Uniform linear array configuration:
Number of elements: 16
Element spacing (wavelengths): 0.75
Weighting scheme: hann
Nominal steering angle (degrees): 45
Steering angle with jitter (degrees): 46.328
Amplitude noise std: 0.05
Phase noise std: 0.05

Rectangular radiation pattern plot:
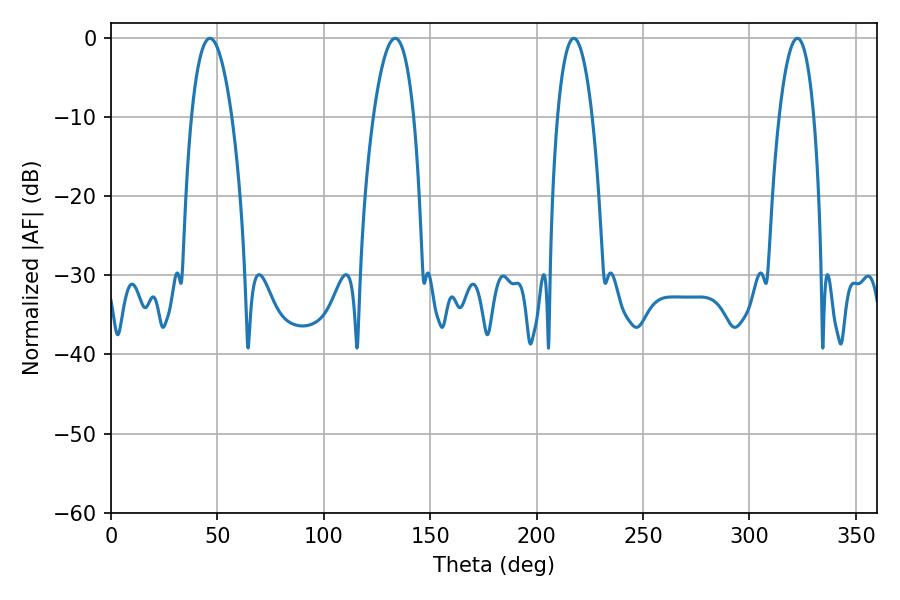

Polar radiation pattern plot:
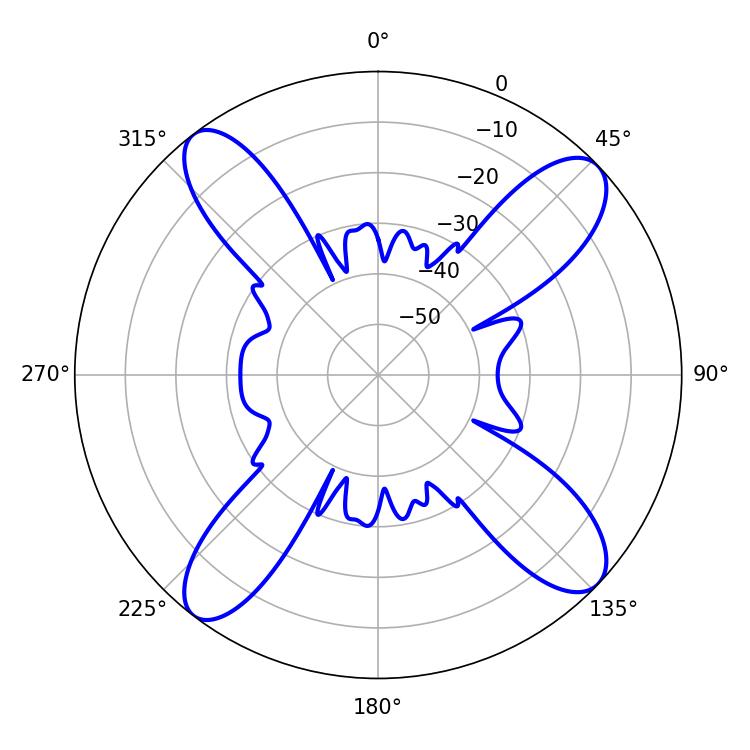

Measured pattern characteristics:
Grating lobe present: TRUE
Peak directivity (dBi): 14.029
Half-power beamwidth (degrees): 10.62
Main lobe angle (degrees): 46.44